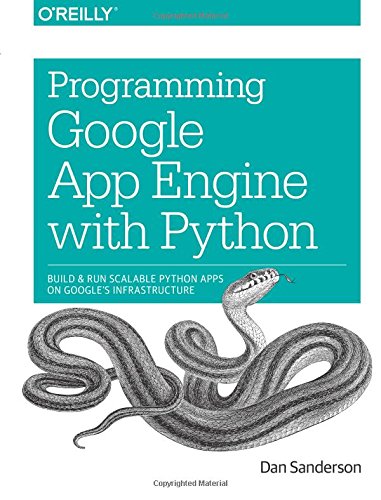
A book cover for Programming Google App Engine with Python: Build and Run Scalable Python Apps on Google's Infrastructure; Dan Sanderson; Computers & Technology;